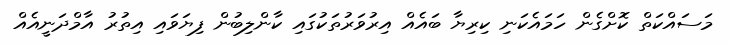
މަސައްކަތް ކޮށްގެން ހަމައެކަނި ކިރިޔާ ބައެއް އިރުވަރުތަކުގައި ކާންލިބުން ފިޔަވައި އިތުރު އާމްދަނީއެއް